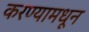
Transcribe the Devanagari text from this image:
करण्यामधून